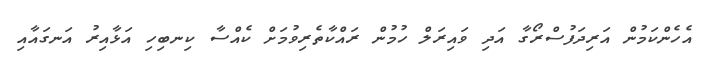
އެހެންކަމުން އަރިދަފުސްރޯގާ އަދި ވައިރަލް ހުމުން ރައްކާތެރިވުމަށް ކެއްސާ ކިނބިހި އަޅާއިރު އަނގައާއި